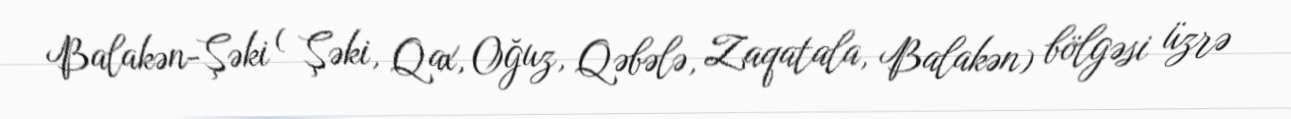
Balakən-Şəki ( Şəki, Qax, Oğuz, Qəbələ, Zaqatala, Balakən) bölgəsi üzrə